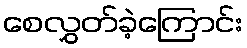
စေလွှတ်ခဲ့ကြောင်း